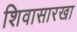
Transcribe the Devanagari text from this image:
शिवासारखा